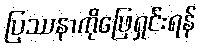
ပြဿနာကိုဖြေရှင်းရန်